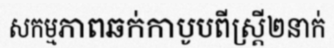
សកម្មភាពឆក់កាបូបពីស្ត្រី២នាក់